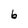
Character: 6